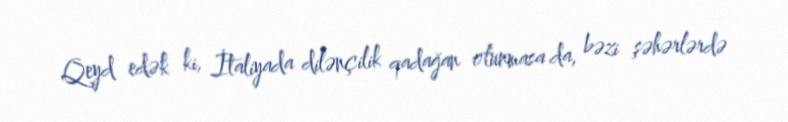
Qeyd edək ki, İtaliyada dilənçilik qadağan olunmasa da, bəzi şəhərlərdə